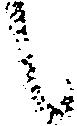
候